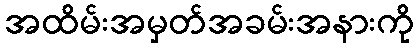
အထိမ်းအမှတ်အခမ်းအနားကို